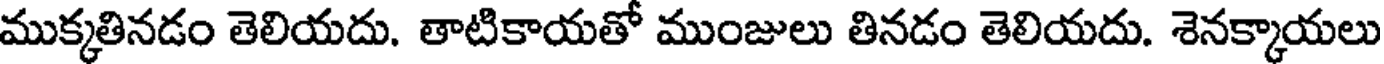
ముక్కతినడం తెలియదు. తాటికాయతో ముంజులు తినడం తెలియదు. శెనక్కాయలు